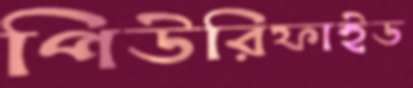
পিউরিফাইড